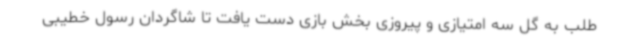
طلب به گل سه امتیازی و پیروزی بخش بازی دست یافت تا شاگردان رسول خطیبی